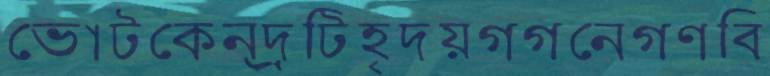
ভোটকেন্দ্রটিহৃদয়গগনেগণবি